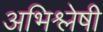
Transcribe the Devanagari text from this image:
अभिश्लेषी